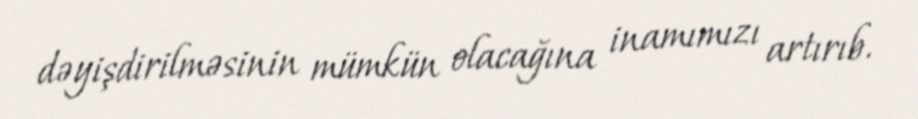
dəyişdirilməsinin mümkün olacağına inamımızı artırıb.